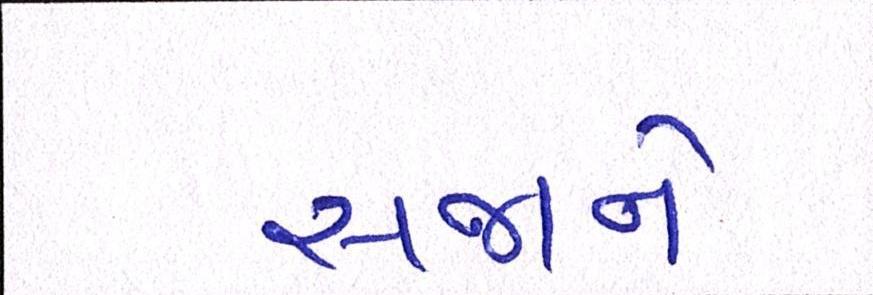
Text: સજાને